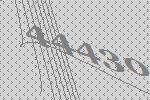
44430